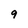
Character: 9